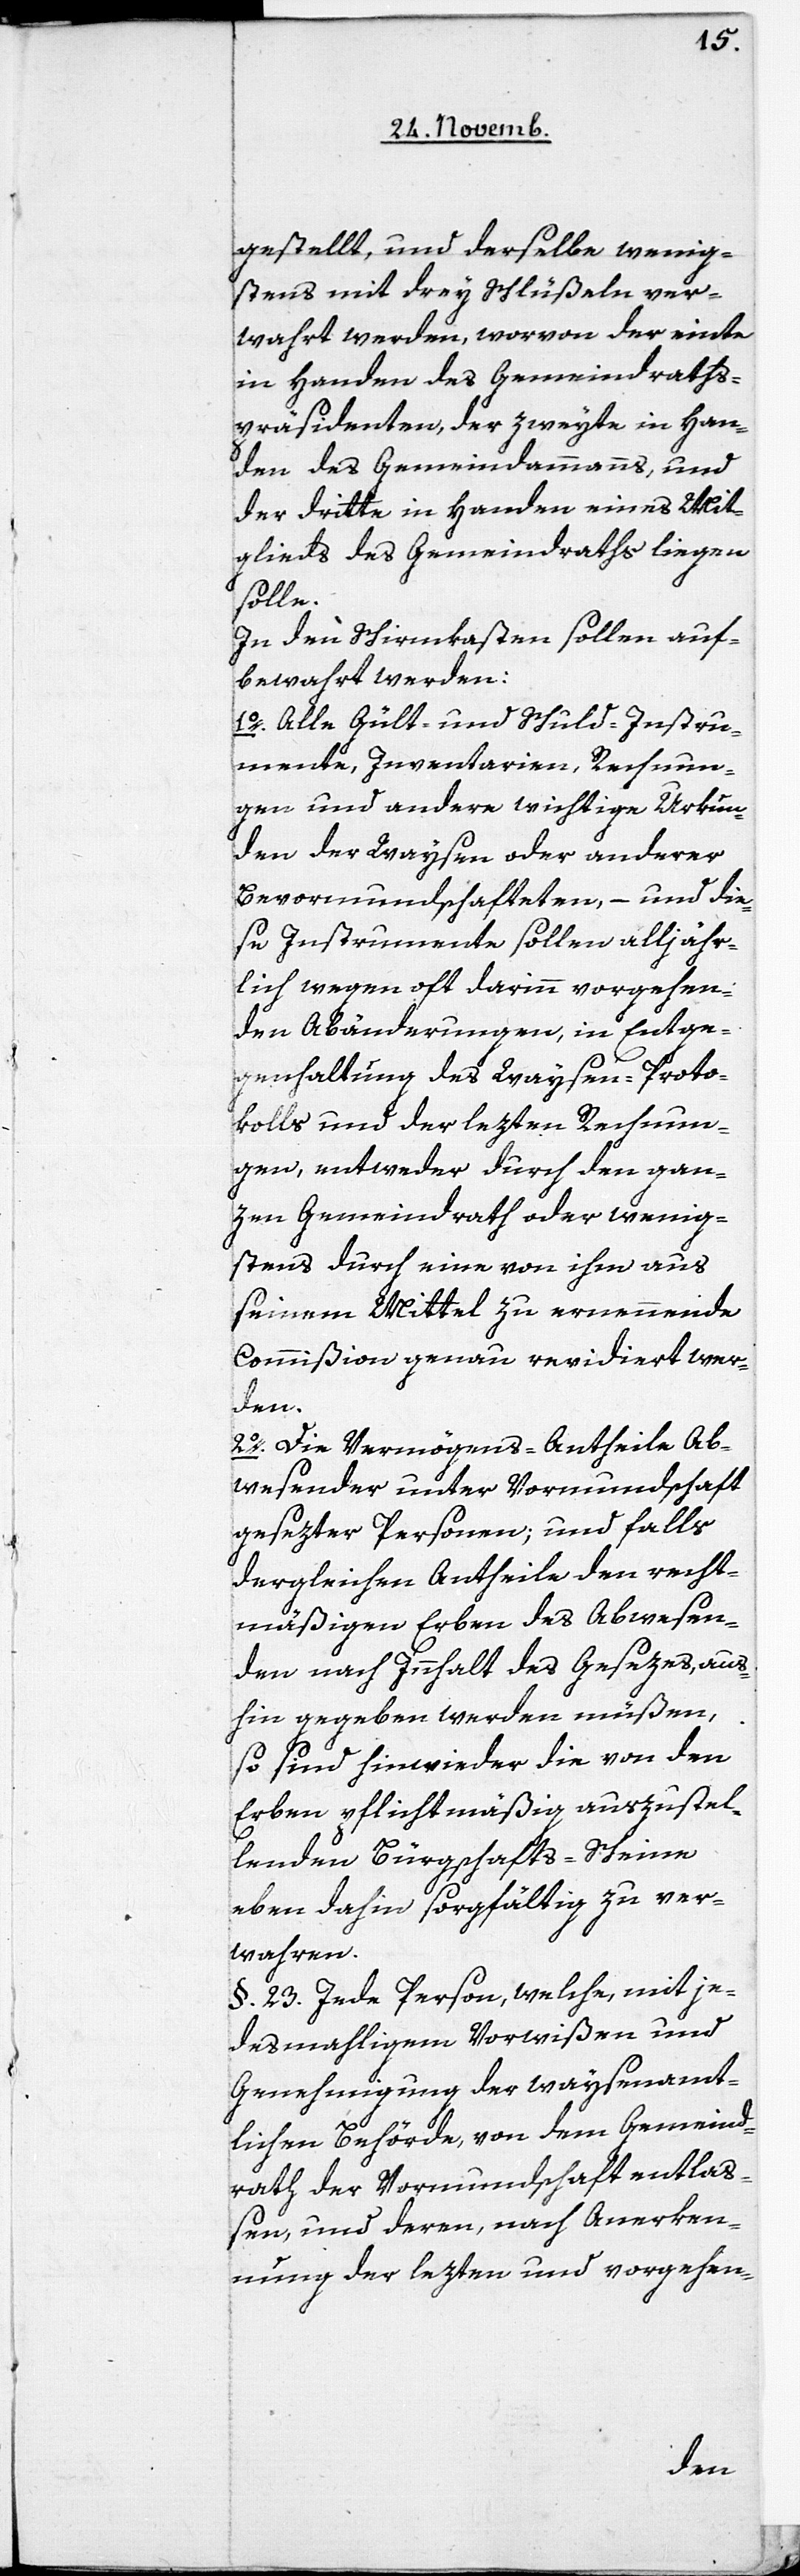
gestellt, und derselbe wenig¬
stens mit drei Schlüßeln ver¬
wahrt werden, worvon der einte
in Handen des Gemeindraths¬
präsidenten, der zweite in Han¬
den des Gemeindammanns und
der dritte in Handen eines Mit¬
glieds des Gemeindraths liegen
sollen
aufbewahrt werden:
1. Alle Gült- und Schuld-Instru¬
mente, Inventarien, Rechnun¬
gen und andere wichtige Urkun¬
den der Waysen oder anderer
Bevormundschafteten, – und die¬
se Instrumente sollen alljähr¬
lich wegen oft darinn vorgehen¬
den Abänderungen, in Entge¬
genhaltung des Waysen-Proto¬
kolls und der lezten Rechnun¬
gen, entweder durch den gan¬
zen Gemeindrath oder wenig¬
stens durch eine von ihm aus
seinem Mittel zu ernennende
Commißion genau revidiert wer¬
den.
2. Die Vermögens-Antheile Ab¬
wesender unter Vormundschaft
gesezter Personen; und falls
dergleichen Antheile den recht¬
mäßigen Erben des Abwesen¬
den nach Innhalt des Gesetzes, aus¬
hin gegeben werden müßen,
so sind hinwieder die von den
Erben pflichtmäßig auszustel¬
lenden Bürgschafts-Scheine
eben dahin sorgfältig zu ver¬
wahren.
§. 23. Jede Person, welche, mit je¬
desmahligem Vorwißen und
Genehmigung der waysenamt¬
lichen Behörde, von dem Gemeind¬
rath der Vormundschaft entlaß¬
en, und deren, nach Anerken¬
nung der lezten und vorgehen-
den